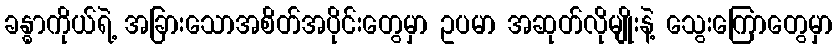
ခန္ဓာကိုယ်ရဲ့ အခြားသောအစိတ်အပိုင်းတွေမှာ ဥပမာ အဆုတ်လိုမျိုးနဲ့ သွေးကြောတွေမှာ